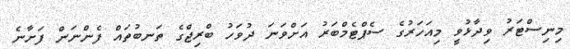
މިނިސްޓަރު ވިދާޅުވީ މިއަހަރުގެ ސެޕްޓެމްބަރު އަށްވަނަ ދުވަހު ބްރިޖްގެ ތަނބުތައް ފެންނަން ފަށާނެ